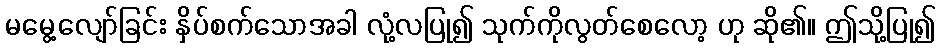
မမွေ့လျော်ခြင်း နှိပ်စက်သောအခါ လုံ့လပြု၍ သုက်ကိုလွတ်စေလော့ ဟု ဆို၏။ ဤသို့ပြု၍